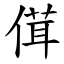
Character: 傇